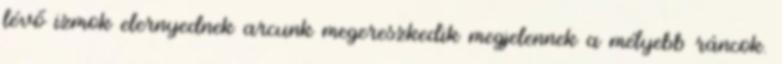
lévő izmok elernyednek arcunk megereszkedik megjelennek a mélyebb ráncok.